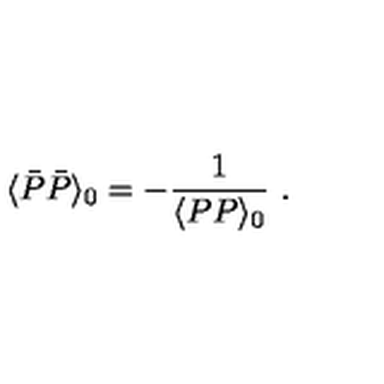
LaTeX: \langle \bar { P } \bar { P } \rangle _ { 0 } = - { \frac { 1 } { \langle P P \rangle _ { 0 } } } \ .